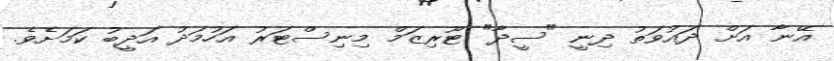
އޭނާ އަށް ދައުވަތު ދިނީ "ސީދާ" ޓޫރިޒަމް މިނިސްޓަރު އަހުމަދު އަދީބު ކަމަށެވެ.